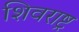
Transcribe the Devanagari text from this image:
शिवराष्ट्र